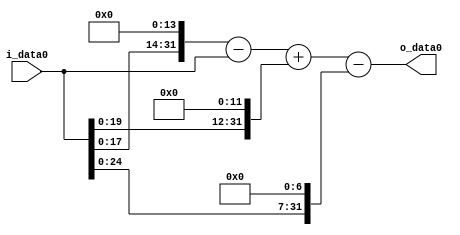
module multiplier_block_34 (
    i_data0,
    o_data0
);
  input   [31:0] i_data0;
  output  [31:0]
    o_data0;
  wire [31:0]
    w1,
    w16384,
    w16383,
    w4096,
    w20479,
    w128,
    w20351;
  assign w1 = i_data0;
  assign w128 = w1 << 7;
  assign w16383 = w16384 - w1;
  assign w16384 = w1 << 14;
  assign w20351 = w20479 - w128;
  assign w20479 = w16383 + w4096;
  assign w4096 = w1 << 12;
  assign o_data0 = w20351;
endmodule